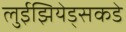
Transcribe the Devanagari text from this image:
लुईझियेड्सकडे